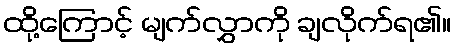
ထို့ကြောင့် မျက်လွှာကို ချလိုက်ရ၏။